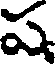
ష